Scientific memoirs by medical officers of the Army of India - Part X,
Year: 1897
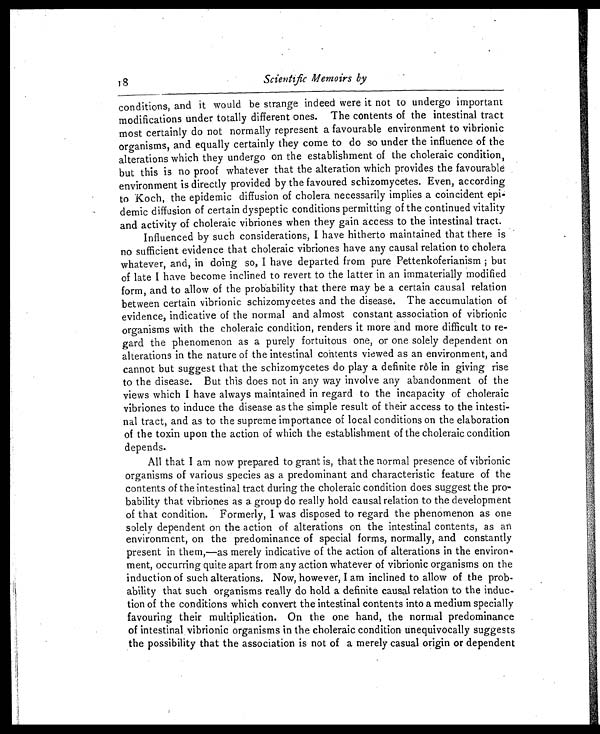
8
Scientific Memoirs by
conditions, and it would be strange indeed were it not to undergo important
modifications under totally different ones. The contents of the intestinal tract
most certainly do not normally represent a favourable environment to vibrionic
organisms, and equally certainly they come to do so under the influence of the
alterations which they undergo on the establishment of the choleraic condition,
but this is no proof whatever that the alteration which provides the favourable
environment is directly provided by the favoured schizomycetes. Even, according
to Koch, the epidemic diffusion of cholera necessarily implies a coincident epi-
demic diffusion of certain dyspeptic conditions permitting of the continued vitality
and activity of choleraic vibriones when they gain access to the intestinal tract.
Influenced by such considerations, I have hitherto maintained that there is
no sufficient evidence that choleraic vibriones have any causal relation to cholera
whatever, and, in doing so, I have departed from pure Pettenkoferianism ; but
of late I have become inclined to revert to the latter in an immaterially modified
form, and to allow of the probability that there may be a certain causal relation
between certain vibrionic schizomycetes and the disease. The accumulation of
evidence, indicative of the normal and almost constant association of vibrionic
organisms with the choleraic condition, renders it more and more difficult to re-
gard the phenomenon as a purely fortuitous one, or one solely dependent on
alterations in the nature of the intestinal contents viewed as an environment, and
cannot but suggest that the schizomycetes do play a definite rôle in giving rise
to the disease. But this does not in any way involve any abandonment of the
views which I have always maintained in regard to the incapacity of choleraic
vibriones to induce the disease as the simple result of their access to the intesti-
nal tract, and as to the supreme importance of local conditions on the elaboration
of the toxin upon the action of which the establishment of the choleraic condition
depends.
All that I am now prepared to grant is, that the normal presence of vibrionic
organisms of various species as a predominant and characteristic feature of the
contents of the intestinal tract during the choleraic condition does suggest the pro-
bability that vibriones as a group do really hold causal relation to the development
of that condition. Formerly, I was disposed to regard the phenomenon as one
solely dependent on the action of alterations on the intestinal contents, as an
environment, on the predominance of special forms, normally, and constantly
present in them,—as merely indicative of the action of alterations in the environ-
ment, occurring quite apart from any action whatever of vibrionic organisms on the
induction of such alterations, Now, however, I am inclined to allow of the prob-
ability that such organisms really do hold a definite causal relation to the induc-
tion of the conditions which convert the intestinal contents into a medium specially
favouring their multiplication. On the one hand, the normal predominance
of intestinal vibrionic organisms in the choleraic condition unequivocally suggests
the possibility that the association is not of a merely casual origin or dependent